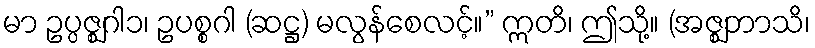
မာ ဥပ္ပဇ္ဈဂါ၁၊ ဥပစ္စဂါ (ဆဋ္ဌ) မလွန်စေလင့်။” ဣတိ၊ ဤသို့။ (အဇ္ဈဘာသိ၊